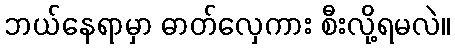
ဘယ်နေရာမှာ ဓာတ်လှေကား စီးလို့ရမလဲ။